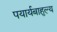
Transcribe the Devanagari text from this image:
पयार्यबाहुल्य